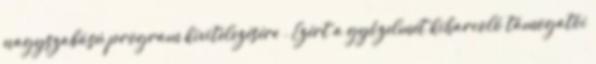
nagyszabású program kivitelezésére . Ezért a győzelmét kiharcoló támogatói